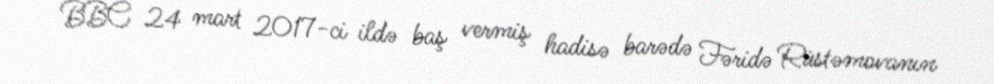
BBC 24 mart 2017-ci ildə baş vermiş hadisə barədə Fəridə Rüstəmovanın